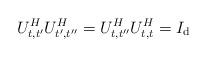
LaTeX: \begin{align*}U_{t,t^{\prime}}^{H}U_{t^{\prime},t^{\prime\prime}}^{H}=U_{t,t^{\prime\prime}}^{H}U_{t,t}^{H}=I_{\mathrm{d}} \end{align*}